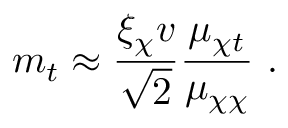
m _ { t } \approx \frac { \xi _ { \chi } v } { \sqrt { 2 } } \frac { \mu _ { \chi t } } { \mu _ { \chi \chi } } ~ .